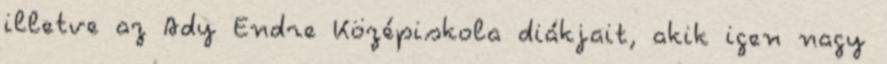
illetve az Ady Endre Középiskola diákjait, akik igen nagy